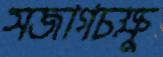
সজাগচক্ষু